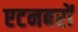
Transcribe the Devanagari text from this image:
एटनबरों